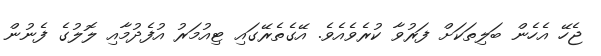
ޖެހޭ އެހެން ބަލިތަކަށް ފަރުވާ ކުރެވެއެވެ. އޭގެތެރޭގައި ޓިއުމަރު އުފެދުމާއި ލޮލުގެ ފެނުން